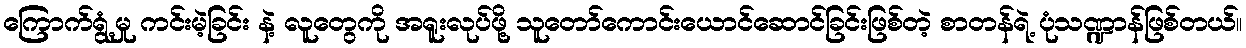
ကြောက်ရွံ့မှု ကင်းမဲ့ခြင်း နဲ့ လူတွေကို အရူးလုပ်ဖို့ သူတော်ကောင်းယောင်ဆောင်ခြင်းဖြစ်တဲ့ စာတန်ရဲ့ ပုံသဏ္ဍာန်ဖြစ်တယ်။